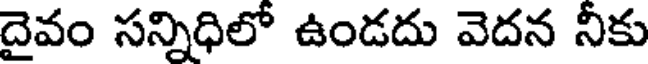
దైవం సన్నిధిలో ఉండదు వెదన నీకు